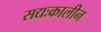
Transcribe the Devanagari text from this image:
सद्यःकालीन